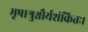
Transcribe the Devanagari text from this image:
मृषाश्रुश्चौर्यशंकितः।